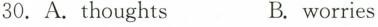
30.A.thoughts B.worries